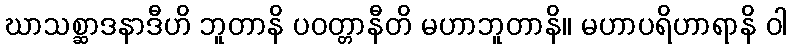
ဃာသစ္ဆာဒနာဒီဟိ ဘူတာနိ ပဝတ္တာနီတိ မဟာဘူတာနိ။ မဟာပရိဟာရာနိ ဝါ